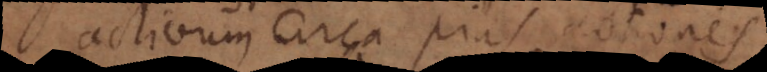
activum circa pias actiones.